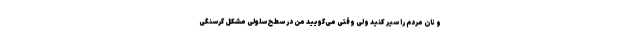
و نان مردم را سیر کنید ولی وقتی می‌گویید من در سطح سلولی مشکل گرسنگی